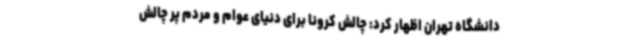
دانشگاه تهران اظهار کرد: چالش کرونا برای دنیای عوام و مردم پر چالش